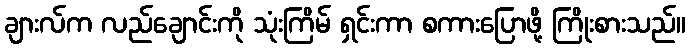
ချားလ်က လည်ချောင်းကို သုံးကြိမ် ရှင်းကာ စကားပြောဖို့ ကြိုးစားသည်။